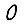
Digit: 0